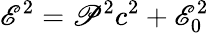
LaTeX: \mathscr{E}^{2}=\mathscr{P}^{2}c^{2}+\mathscr{E}_{0}^{2}